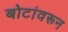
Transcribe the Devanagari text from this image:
बोटांवरून